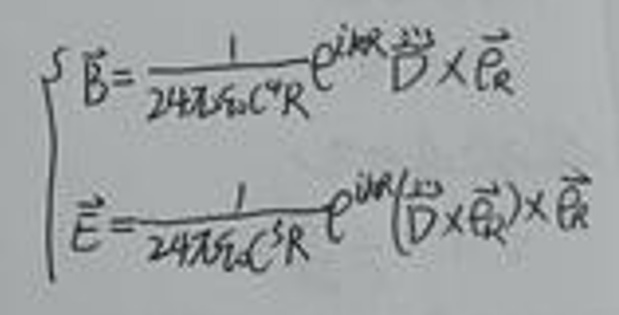
\begin{align*}
\vec{B}&=\frac{1}{24\pi\epsilon_{0}c^{2}R}e^{i\omega\frac{\vec{D}}{c}\times\vec{R}}\vec{D}\times\vec{R}\\
\vec{E}&=\frac{1}{24\pi\epsilon_{0}c^{2}R}e^{i\omega(\frac{\vec{D}}{c}\times\vec{R})}\vec{D}\times\vec{R}
\end{align*}